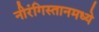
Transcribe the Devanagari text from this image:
नीरंगिस्तानमध्ये